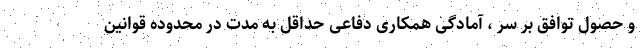
و حصول توافق بر سر ، آمادگی همکاری دفاعی حداقل به مدت در محدوده قوانین